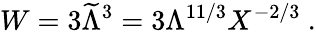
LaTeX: W=3{\widetilde\Lambda}^{3}=3\Lambda^{11/3}X^{-2/3}~.